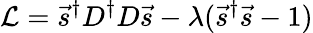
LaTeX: \mathcal{L}=\vec{s}^{\dagger}D^{\dagger}D\vec{s}-\lambda(\vec{s}^{\dagger}\vec{s}-1)